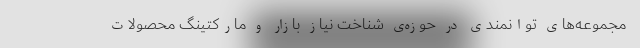
مجموعه‌های توانمندی در حوزه‌ی شناخت نیاز بازار و مارکتینگ محصولات